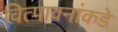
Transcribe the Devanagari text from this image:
चित्पावनांकडे